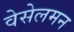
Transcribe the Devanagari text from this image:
वेसेलमन